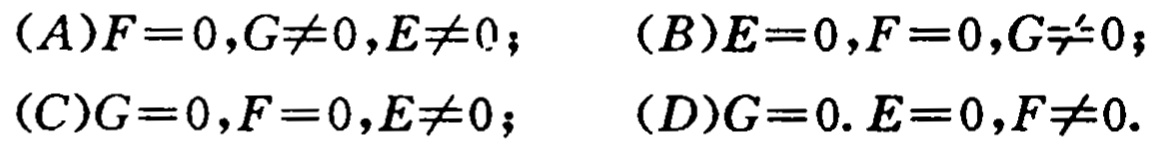
(A)$F = 0,G\neq0,E\neq0$； (B)$E = 0,F = 0,G\neq0$；
(C)$G = 0,F = 0,E\neq0$； (D)$G = 0.E = 0,F\neq0$.